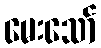
မေးသော်